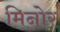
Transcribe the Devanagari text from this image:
मिनोर